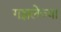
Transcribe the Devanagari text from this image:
गझलेच्या